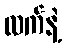
လက်နဲ့